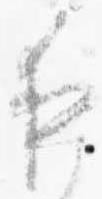
夜